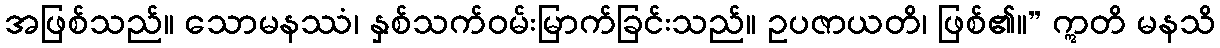
အဖြစ်သည်။ သောမနဿံ၊ နှစ်သက်ဝမ်းမြာက်ခြင်းသည်။ ဥပဇာယတိ၊ ဖြစ်၏။” ဣတိ မနသိ